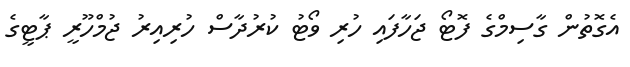
އެގޮތުން ގާސިމްގެ ފޮޓޯ ޖަހާފައި ހުރި ވޯޓު ކުރުދާސް ހުރިއިރު ޖުމްހޫރީ ޕާޓީގެ